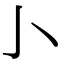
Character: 𰍨